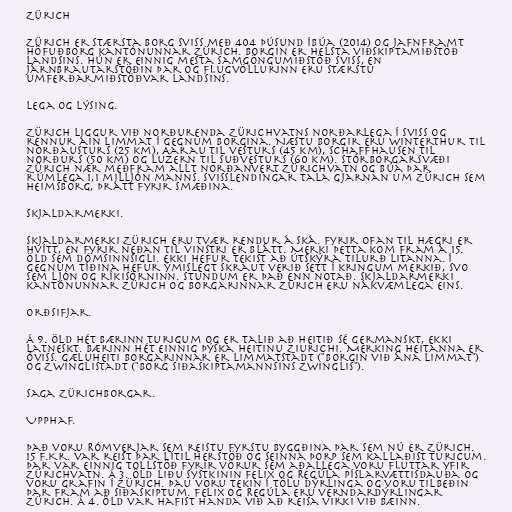
Zürich

Zürich er stærsta borg Sviss með 404 þúsund íbúa (2014) og jafnframt
höfuðborg kantónunnar Zürich. Borgin er helsta viðskiptamiðstöð
landsins. Hún er einnig mesta samgöngumiðstöð Sviss, en
járnbrautarstöðin þar og flugvöllurinn eru stærstu
umferðarmiðstöðvar landsins.

Lega og lýsing.

Zürich liggur við norðurenda Zürichvatns norðarlega í Sviss og
rennur áin Limmat í gegnum borgina. Næstu borgir eru Winterthur til
norðausturs (25 km), Aarau til vesturs (45 km), Schaffhausen til
norðurs (50 km) og Luzern til suðvesturs (60 km). Stórborgarsvæði
Zürich nær meðfram allt norðanvert Zürichvatn og búa þar
rúmlega 1,1 milljón manns. Svisslendingar tala gjarnan um Zürich sem
heimsborg, þrátt fyrir smæðina.

Skjaldarmerki.

Skjaldarmerki Zürich eru tvær rendur á ská. Fyrir ofan til hægri er
hvítt, en fyrir neðan til vinstri er blátt. Merki þetta kom fram á 15.
öld sem dómsinnsigli. Ekki hefur tekist að útskýra tilurð litanna. Í
gegnum tíðina hefur ýmislegt skraut verið sett í kringum merkið, svo
sem ljón og ríkisörninn. Stundum er það enn notað. Skjaldarmerki
kantónunnar Zürich og borgarinnar Zürich eru nákvæmlega eins.

Orðsifjar.

Á 9. öld hét bærinn Turigum og er talið að heitið sé germanskt, ekki
latneskt. Bærinn hét einnig þýska heitinu Ziurichi. Merking heitanna er
óviss. Gæluheiti borgarinnar er Limmatstadt ("Borgin við ána Limmat")
og Zwinglistadt ("Borg siðaskiptamannsins Zwinglis").

Saga Zürichborgar.

Upphaf.

Það voru Rómverjar sem reistu fyrstu byggðina þar sem nú er Zürich.
15 f.Kr. var reist þar lítil herstöð og seinna þorp sem kallaðist Turicum.
Þar var einnig tollstöð fyrir vörur sem aðallega voru fluttar yfir
Zürichvatn. Á 3. öld liðu systkinin Felix og Regúla píslarvættisdauða og
voru grafin í Zürich. Þau voru tekin í tölu dýrlinga og voru tilbeðin
þar fram að siðaskiptum. Felix og Regúla eru verndardýrlingar
Zürich. Á 4. öld var hafist handa við að reisa virki við bæinn.